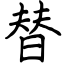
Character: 替